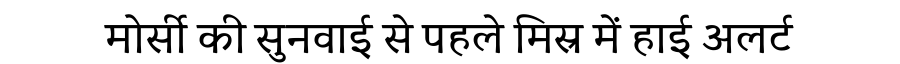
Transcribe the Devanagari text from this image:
मोर्सी की सुनवाई से पहले मिस्र में हाई अलर्ट